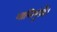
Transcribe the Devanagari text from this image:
शान्तिपुंजहैं।